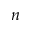
n